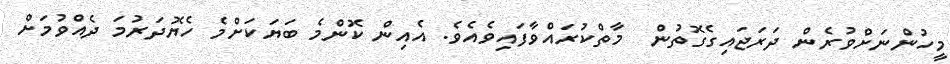
މީހުންނަށްވުރެން ދަރަޖައިގެގޮތުން  މާތްކުރައްވާފައިވެއެވެ. އެއިން ކޮންމެ ބަޔަކަށްމެ ހެޔޮދަރުމަ ދެއްވުމަށް